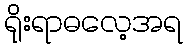
ရိုးရာဓလေ့အရ